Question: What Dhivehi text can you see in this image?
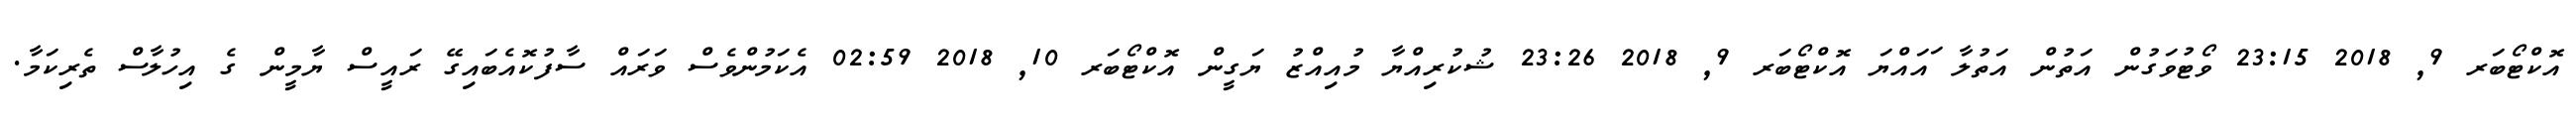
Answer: އޮކްޓޯބަރ 9, 2018 23:15 ވޯޓުވަގުން އަތުން އަތުލާ ައައްޔަ އޮކްޓޯބަރ 9, 2018 23:26 ޝުކުރިއްޔާ މުއިއްޒު ޔަގީން އޮކްޓޯބަރ 10, 2018 02:59 އެކަމުންވެސް ވަރައް ސާފުކޮއެބައިގޭ ރައީސް ޔާމީން ގެ އިހުލާސް ތެރިކަމާ.